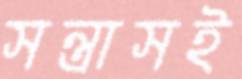
সন্ত্রাসই